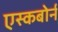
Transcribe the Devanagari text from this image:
एस्कबोर्न